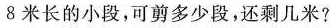
8米长的小段，可剪多少段，还剩几米?